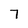
Character: 7